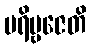
ပရိဗ္ဗဇေတိ